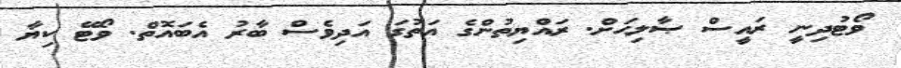
ވޯޓުދިނީ ރައީސް ޞާލިޙަށް. ރައްޔިތުންގެ އަތުގަ އަދިވެސް ބާރު އެބައޮތް. ވޯޓޭ ކިޔާ